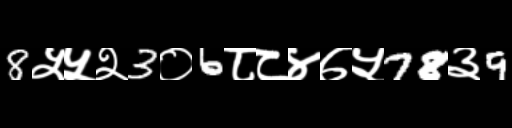
Text: 8५५२3०6८८४७५78३9